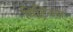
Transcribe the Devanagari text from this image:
विट्रियल